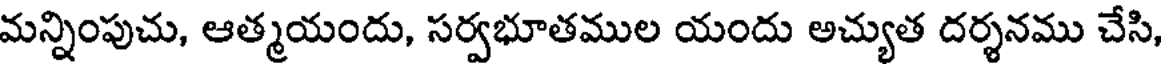
మన్నింపుచు, ఆత్మయందు, సర్వభూతముల యందు అచ్యుత దర్శనము చేసి,